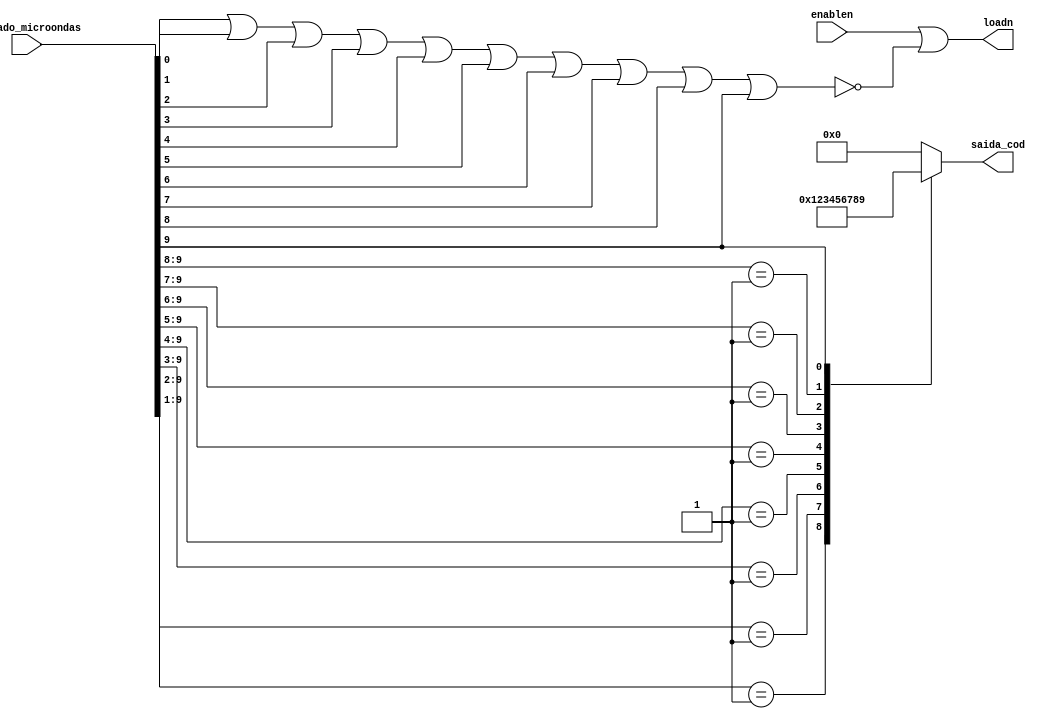
module encoder(
  output reg [3:0] saida_cod,
  output wire loadn,
  input wire [9:0] teclado_microondas,
  input wire enablen);
  
  assign loadn = (enablen | ~(teclado_microondas[0] | teclado_microondas[1] |teclado_microondas[2]| teclado_microondas[3] |teclado_microondas[4]| teclado_microondas[5] | teclado_microondas[6] | teclado_microondas[7] | teclado_microondas[8] | teclado_microondas[9]));
    
    always @(teclado_microondas)
      begin
        casez (teclado_microondas)
          10'b0000000001 : saida_cod = 4'b0000;
          10'b000000001? : saida_cod = 4'b0001;
          10'b00000001?? : saida_cod = 4'b0010;
          10'b0000001??? : saida_cod = 4'b0011;
          10'b000001???? : saida_cod = 4'b0100;
          10'b00001????? : saida_cod = 4'b0101;
          10'b0001?????? : saida_cod = 4'b0110;
          10'b001??????? : saida_cod = 4'b0111;
          10'b01???????? : saida_cod = 4'b1000;
          10'b1????????? : saida_cod = 4'b1001;
          default: saida_cod = 4'b0000;
        endcase
      end
endmodule